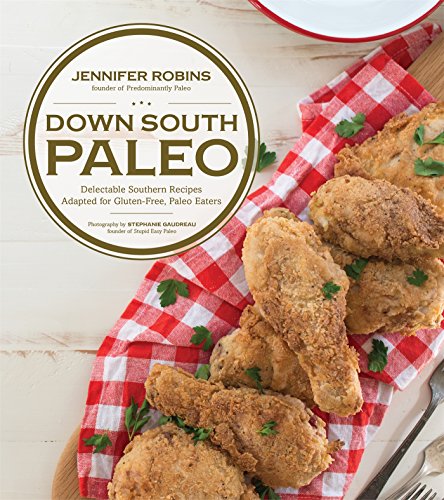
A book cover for Down South Paleo: Delectable Southern Recipes Adapted for Gluten-free, Paleo Eaters; Jennifer Robins; Cookbooks, Food & Wine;